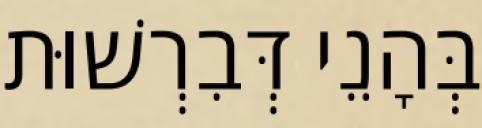
בְּהָנֵי דְּבִרְשׁוּת